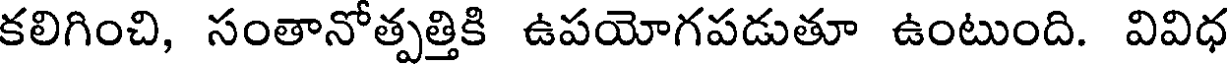
కలిగించి, సంతానోత్పత్తికి ఉపయోగపడుతూ ఉంటుంది. వివిధ